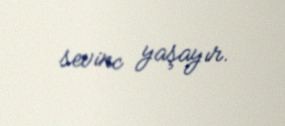
sevinc yaşayır.